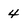
Character: 4